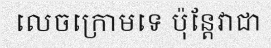
លេចក្រោមទេ ប៉ុន្តែវាជា